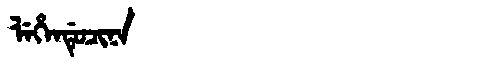
Manchu: ᠯᡝᡥᡝᠨᡩᡠᠴᡳᠨᠠ
Romanization: LEHENDUCINA